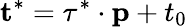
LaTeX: \mathbf{t}^{*}=\tau^{*}\cdot\mathbf{p}+t_{0}